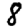
Digit: 8